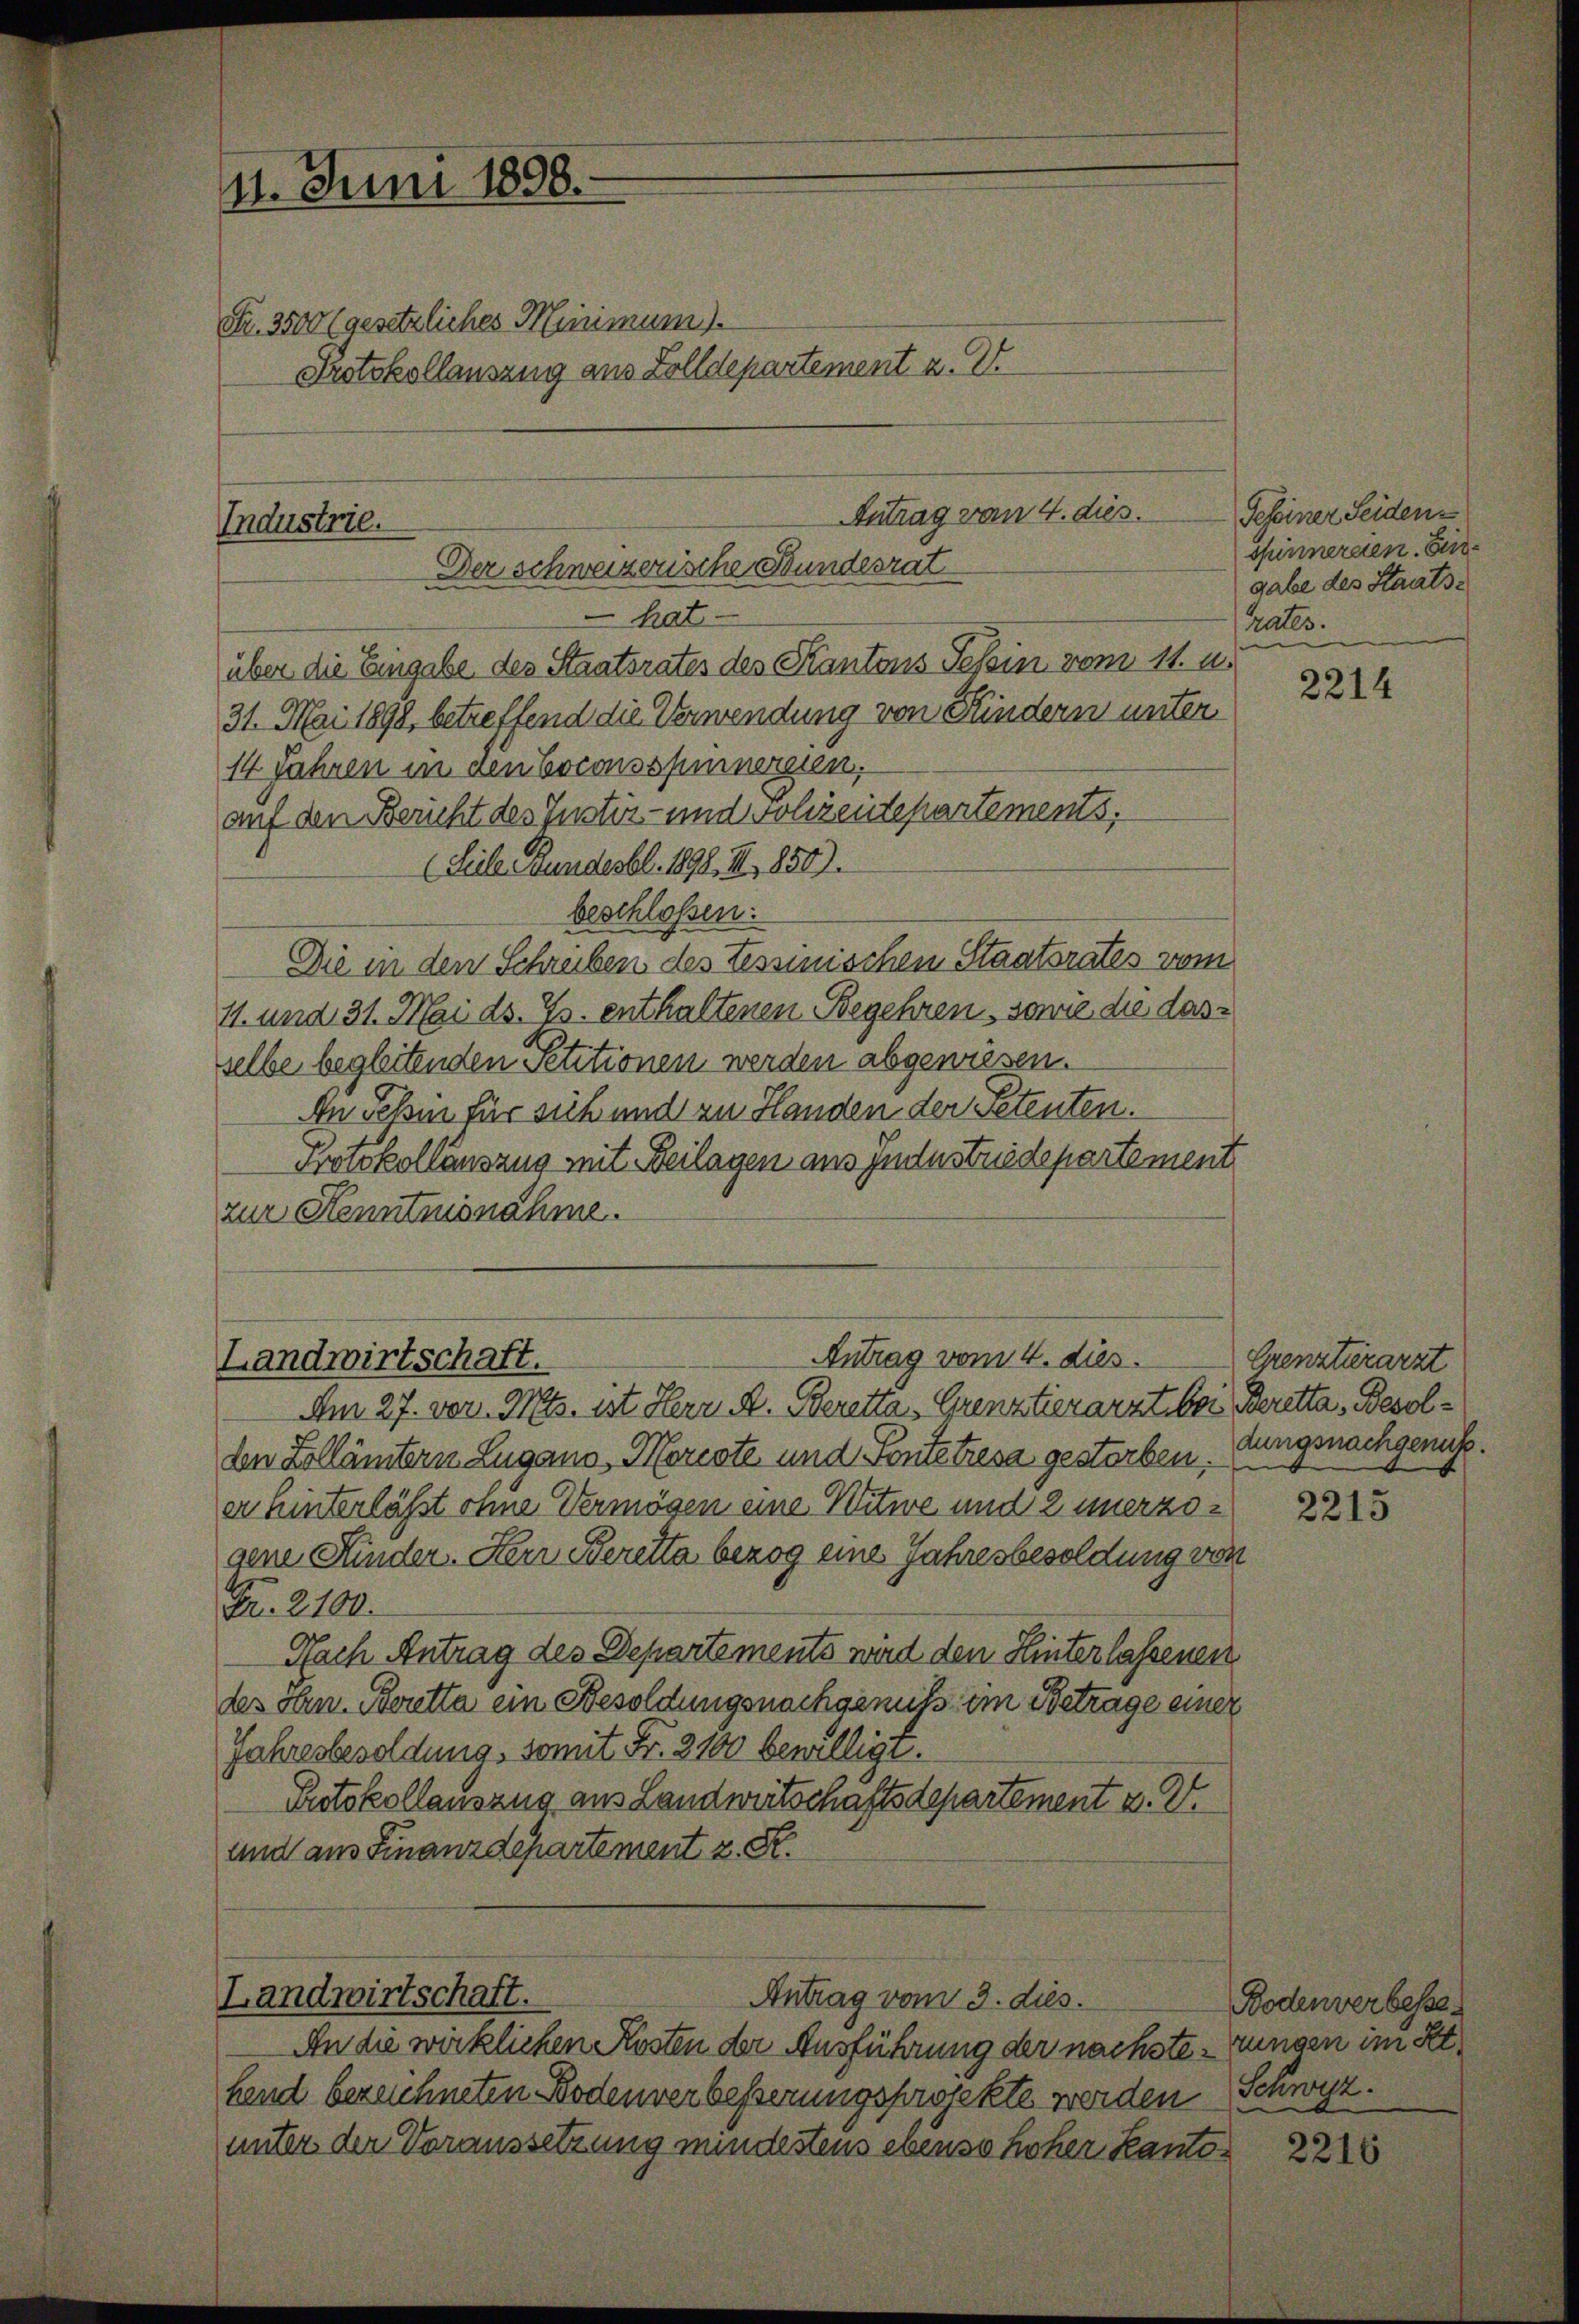
21. Juni 1898.
Fr. 3500 (gesetzliches Minimum).
Protokollauszug aus Zolldepartement z. E

Antrag vom 4. dies
Industrie.
Der schweizerische Stundesrat

hat
über die Eingabe des Staatsrates des Kantons Schin vom 11. u.
31. Mai 1898, betreffend die Verwendung von Kindern unter
14 Jahren in den Coconsspinnereien,
auf den Bericht des Justiz- und Polizeidepartements,
(Siele Grundesbl. 1898, III, 1850).
beschloßen:
Die in den Schreiben des Tessinischen Staatsrates vom
11. und 31. Mai d. Js. enthaltenen Begehren, sowie die dasselbe begleitenden Petitionen werden abgewiesen.
An Sehen für sich und zu Handen der Petenten.
Protokollauszug mit Beilagen aus Industriedepartement
zur Kenntnisnahme.

Antrag vom 4. dies
Landwirtschaft.

Am 27. vor. Mts. ist Herr A. Beretta - Grenztierarzt bei Bretta, Besolden Zollämtern Lugano, Morcote und Pontetresa gestorben.
er hinterlässt ohne Vermögen eine Witwe und 2 unerzogene Kinder. Herr Beretta bezog eine Jahresbesoldung von
Fr. 2100.
Nach Antrag des Departements wird den Hinterlassenen
des San. Boretta ein Besoldungsnachgenuß im Betrage einer
Jahresbesoldung, somit Fr. 3100 bewilligt.
Protokollauszug aus Landwirtschaftsdepartement u. V.
und aus Finanzdepartement z. S.

Antrag vom 3. dies.
Landwirtschaft.

An die wirklichen Kosten der Ausführung der nächste Zungen im Kt.
fend bezeichneten Bodenverbesserungsprotekte werden
unter der Voraussetzung mindestens ebenso hoher Kanto¬

Geheiner Seiden
spinnereien. Eingabe des Staatsrates.

2214

Crenztärarzt
dungsnachgenuß.
e

2215

Bodenverbesse
Schwyz.

2216